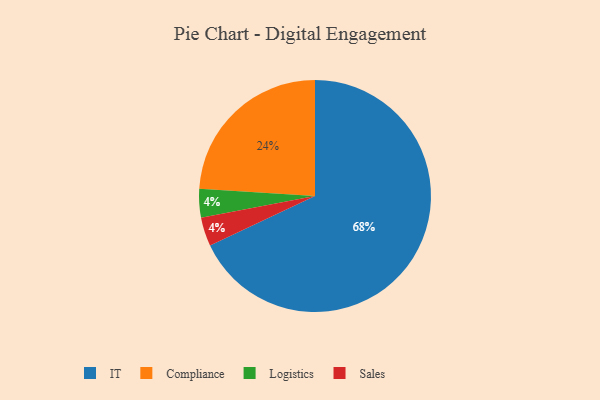
{"axis": {"x": "Category", "y": "Percentage"}, "legend": ["Compliance", "IT", "Logistics", "Sales"], "data": [{"x": "Compliance", "y": 24, "type": "Compliance"}, {"x": "Logistics", "y": 4, "type": "Logistics"}, {"x": "IT", "y": 68, "type": "IT"}, {"x": "Sales", "y": 4, "type": "Sales"}]}